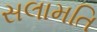
સલામતિ